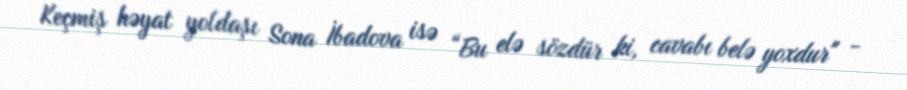
Keçmiş həyat yoldaşı Sona İbadova isə “Bu elə sözdür ki, cavabı belə yoxdur" -